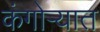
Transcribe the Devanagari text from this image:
कंगोऱ्यात